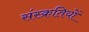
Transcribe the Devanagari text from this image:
संस्क्रतियों